Civil Veterinary Dept. Assam report 1927-50 - 1927-1950
Year: 1927
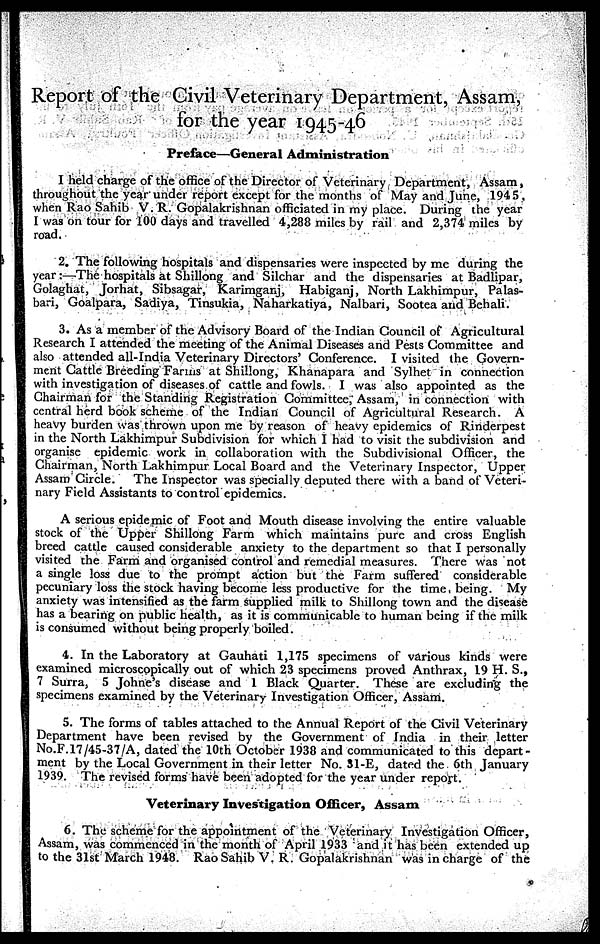
Report of the Civil Veterinary Department, Assam,
for the year 1945-46
Preface—General Administration
I held charge of the office of the Director of Veterinary Department, Assam,
throughout the year under report except for the months of May and June, 194 5,
when Rao Sahib V. R. Gopalakrishnan officiated in my place. During the year
I was on tour for 100 days and travelled 4,288 miles by rail and 2,374 miles by
road.
2. The following hospitals and dispensaries were inspected by me during the
year:—The hospitals at Shillong and Silchar and the dispensaries at Badlipar,
Golaghat, Jorhat, Sibsagar, Karimganj, Habiganj, North Lakhimpur, Palas-
bari, Goalpara, Sadiya, Tinsukia, Naharkatiya, Nalbari, Sootea and Behali.
3. As a member of the Advisory Board of the Indian Council of Agricultural
Research I attended the meeting of the Animal Diseases and Pests Committee and
also attended all-India Veterinary Directors' Conference. I visited the Govern-
ment Cattle Breeding Farms at Shillong, Khanapara and Sylhet in connection
with investigation of diseases of cattle and fowls. I was also appointed as the
Chairman for the Standing Registration Committee, Assam, in connection with
central herd book scheme of the Indian Council of Agricultural Research. A
heavy burden was thrown upon me by reason of heavy epidemics of Rinderpest
in the North Lakhimpur Subdivision for which I had to visit the subdivision and
organise epidemic work in collaboration with the Subdivisional Officer, the
Chairman, North Lakhimpur Local Board and the Veterinary Inspector, Upper
Assam Circle. The Inspector was specially deputed there with a band of Veteri-
nary Field Assistants to control epidemics.
A serious epidemic of Foot and Mouth disease involving the entire valuable
stock of the Upper Shillong Farm which maintains pure and cross English
breed cattle caused considerable anxiety to the department so that I personally
visited the Farm and organised control and remedial measures. There was not
a single loss due to the prompt action but the Farm suffered considerable
pecuniary loss the stock having become less productive for the time being. My
anxiety was intensified as the farm supplied milk to Shillong town and the disease
has a bearing on public health, as it is communicable to human being if the milk
is consumed without being properly boiled.
4. In the Laboratory at Gauhati 1,175 specimens of various kinds were
examined microscopically out of which 23 specimens proved Anthrax, 19 H. S.,
7 Surra, 5 Johne's disease and 1 Black Quarter. These are excluding the
specimens examined by the Veterinary Investigation Officer, Assam.
5. The forms of tables attached to the Annual Report of the Civil Veterinary
Department have been revised by the Government of India in their letter
No.F.17/45-37/A, dated the 10th October 1938 and communicated to this depart-
ment by the Local Government in their letter No. 31-E, dated the 6th January
1939. The revised forms have been adopted for the year under report.
Veterinary Investigation Officer, Assam
6. The scheme for the appointment of the Veterinary Investigation Officer,
Assam, was commenced in the month of April 1933 and it has been extended up
to the 31st March 1948. Rao Sahib V. R. Gopalakrishnan was in charge of the